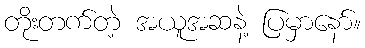
တိုးတက်တဲ့ အယူအဆနဲ့ ပြမှာနော်။